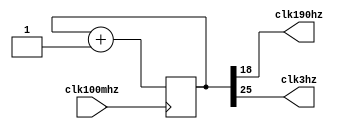
//
module clkDiv(
input clk100mhz,//100MhzFPGA
output clk190hz,//90hz
output clk3hz//3hz
    );
    reg[25:0] count=0;//
    assign clk190hz = count[18];//19
    assign clk3hz = count[25];//26
	
	// reg[15:0] count=0;//
    // assign clk190hz = count[8];//19
    // assign clk3hz = count[15];//26
	
    always@(posedge clk100mhz)
        count<=count+1;
endmodule